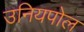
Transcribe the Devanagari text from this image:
उनियपोल